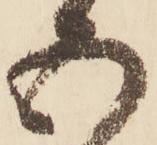
五